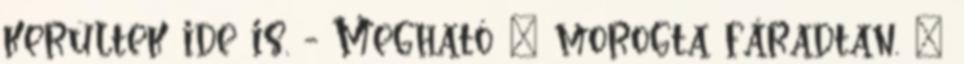
kerültek ide is. - Megható – morogta fáradtan. –